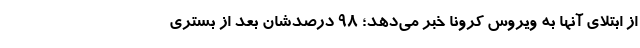
از ابتلای آنها به ویروس کرونا خبر می‌دهد؛ ۹۸ درصدشان بعد از بستری